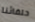
حلفائنا